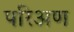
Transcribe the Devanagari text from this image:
परिअण